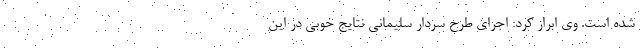
شده است. وی ابراز کرد: اجرای طرح سردار سلیمانی نتایج خوبی در این